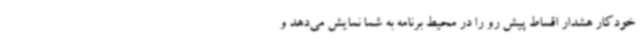
خودکار هشدار اقساط پیش رو را در محیط برنامه به شما نمایش می‌دهد و